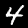
Digit: 4